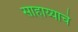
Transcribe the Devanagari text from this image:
साहाय्याचे